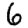
Digit: 6